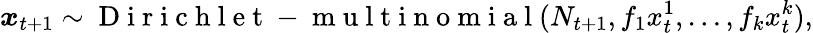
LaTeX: \boldsymbol x_{t+1}\sim\mathrm{~D~i~r~i~c~h~l~e~t~-~m~u~l~t~i~n~o~m~i~a~l~}(N_{t+1},f_{1}x_{t}^{1},\ldots,f_{k}x_{t}^{k}),